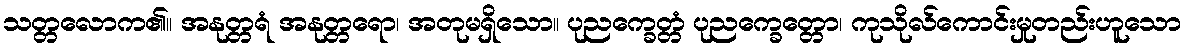
သတ္တလောက၏။ အနုတ္တရံ အနုတ္တရော၊ အတုမရှိသော။ ပုညက္ခေတ္တံ ပုညက္ခေတ္တော၊ ကုသိုလ်ကောင်းမှုတည်းဟူသော